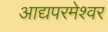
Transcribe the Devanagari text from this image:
आद्यपरमेश्वर